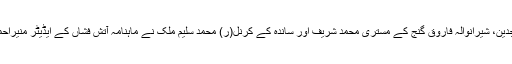
صدی پون صدی قبل کے لاہور کا یہ ماحول تین بزرگ لاہوریوں موچی دروازہ کے حافظ معراجدین، شیرانوالہ فاروق گنج کے مستری محمد شریف اور ساندہ کے کرنل(ر) محمد سلیم ملک نے ماہنامہ آتش فشاں کے ایڈیٹر منیراحمدمنیر کے ساتھ اپنے ان انٹرویوز میں بیان کیا ہے جو کتاب’’مٹتا ہوا لاہور‘‘ میں شائع ہوئے ہیں۔